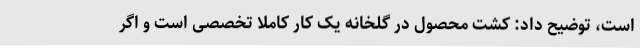
است، توضیح داد: کشت محصول در گلخانه یک کار کاملا تخصصی است و اگر